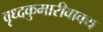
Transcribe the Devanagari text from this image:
वृध्दकुमारीवाक्य